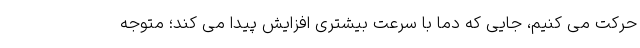
حرکت می کنیم، جایی که دما با سرعت بیشتری افزایش پیدا می کند؛ متوجه